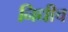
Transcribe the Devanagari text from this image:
निधीच